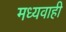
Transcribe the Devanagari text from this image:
मध्यवाही